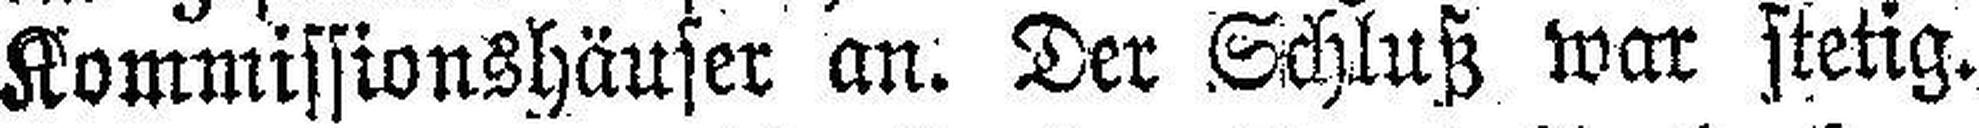
Kommissionshäuser an. Der Schluß war stetig.